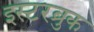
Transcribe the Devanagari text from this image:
इस्टरब्रुक